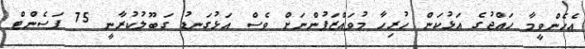
އެހެންވީމާ ހައްޖުގެ އަޅުކަން ހުރިހާ މުވައްޒަފުންނަށް ވެސް އަޅުގަނޑު ގަބޫލުކުރާނީ 75 ޕަސެންޓް